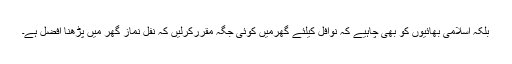
بلکہ اسلامی بھائیوں کو بھی چاہیے کہ نوَافِل کیلئے گھرمیں کوئی جگہ مقرَّرکرلیں کہ نَفْل نَماز گھر میں پڑھنا افضل ہے۔